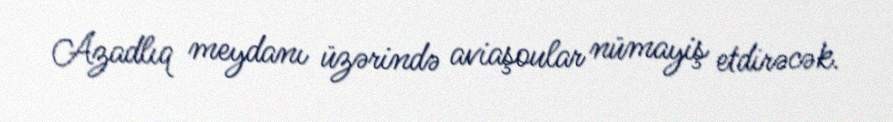
Azadlıq meydanı üzərində aviaşoular nümayiş etdirəcək.